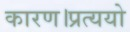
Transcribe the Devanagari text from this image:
कारण।प्रत्ययो